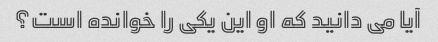
آیا می دانید که او این یکی را خوانده است؟